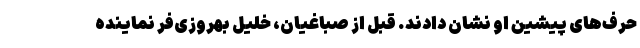
حرف‌های پیشین او نشان دادند. قبل از صباغیان، خلیل بهروزی‌فر نماینده